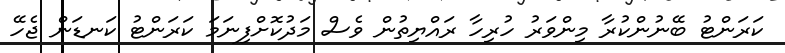
ކަރަންޓު ބޭނުންކުރާ މިންވަރު ހުރިހާ ރައްޔިތުން ވެސް މަދުކޮށްފިނަމަ ކަރަންޓު ކަނޑަން ޖެހޭ